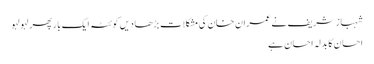
شہباز شریف نے عمران خان کی مشکلات بڑھا دیں	 کوئٹہ ایک بار پھر لہو لہو
احسان کا بدلہ احسان ہے